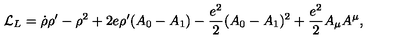
{ \cal L } _ { L } = \dot { \rho } \rho ^ { \prime } - \rho ^ { 2 } + 2 e \rho ^ { \prime } ( A _ { 0 } - A _ { 1 } ) - { \frac { e ^ { 2 } } { 2 } } ( A _ { 0 } - A _ { 1 } ) ^ { 2 } + { \frac { e ^ { 2 } } { 2 } } A _ { \mu } A ^ { \mu } ,